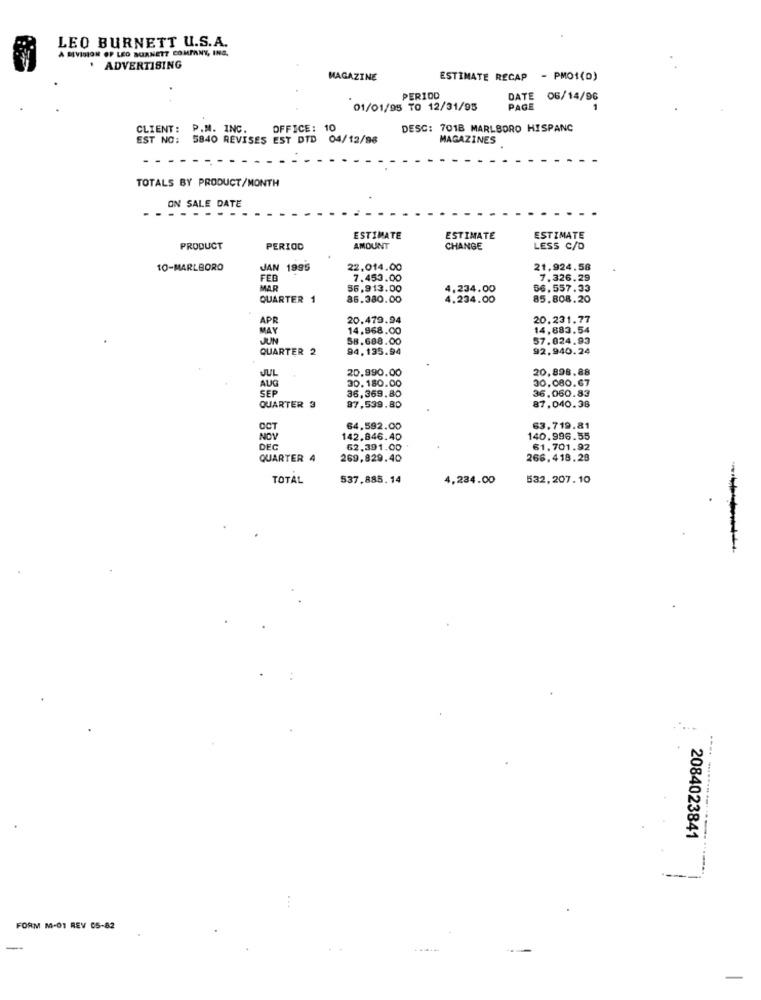
LEO BURNETT U.S.A.
A RIVISION OP LEO BURNETT COMPANY, ING.
. ADVERTISING
MAGAZINE
ESTIMATE RECAP - PMOI(D)
PERIOD
DATE 06/14/96
01/01/95 TO 12/31/95
PAGE
CLIENT: P.M. INC.
OFFICE: 10
DESC: 701B MARLBORO HISPANC
EST NO:
5840 REVISES EST DTD 04/12/98
MAGAZINES
TOTALS BY PRODUCT/MONTH
ON SALE DATE
ESTIMATE
ESTIMATE
ESTIMATE
PRODUCT
PERIOD
AMOUNT
CHANGE
LESS C/D
10-MARLBORO
JAN 1995
22.014.00
21,924.58
FEB
7.453.00
7,326.29
MAR
56,913.00
4,234.00
86.557.33
QUARTER
86.380.00
4.234.00
85.808.20
APR
20.479.94
20.231.77
MAY
14.968.00
14,883.54
JUN
58.688.00
57.024.93
QUARTER 2
94.135.94
92.940.24
JUL
20.990.00
20.898.88
30.180.00
30.080.67
AUG
SEP
36.060.83
36,369.80
QUARTER 3
87,539.80
87.040.38
64,592.00
63.719.81
NOV
142.846.40
140.996.55
DEC
62,391.00
61.701.92
QUARTER 4
269,829.40
266,418.28
TOTAL
537.885.14
4,234.00
532,207.10
2084023841
FORM M-01 REV 05-82
-